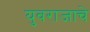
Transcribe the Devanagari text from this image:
युवराजाचे